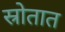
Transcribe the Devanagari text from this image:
स्रोतात